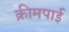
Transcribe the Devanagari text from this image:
क्रीमपाई